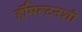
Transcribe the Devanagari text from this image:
हॅमिल्टनशी